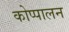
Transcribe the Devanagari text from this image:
कोप्पालन